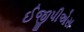
ઈજીપીએસ